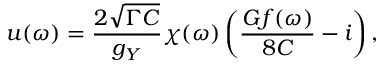
u ( \omega ) = \frac { 2 \sqrt { \Gamma C } } { g _ { Y } } \chi ( \omega ) \left( \frac { G f ( \omega ) } { 8 C } - i \right) ,